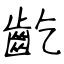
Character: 齕